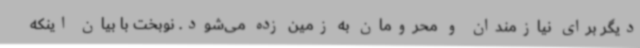
دیگر برای نیازمندان و محرومان به زمین زده می‌شود. نوبخت با بیان اینکه